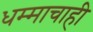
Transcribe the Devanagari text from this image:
धम्माचाही